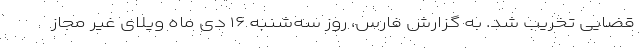
قضایی تخریب شد. به گزارش فارس، روز سه‌شنبه ۱۶ دی ماه ویلای غیر مجاز